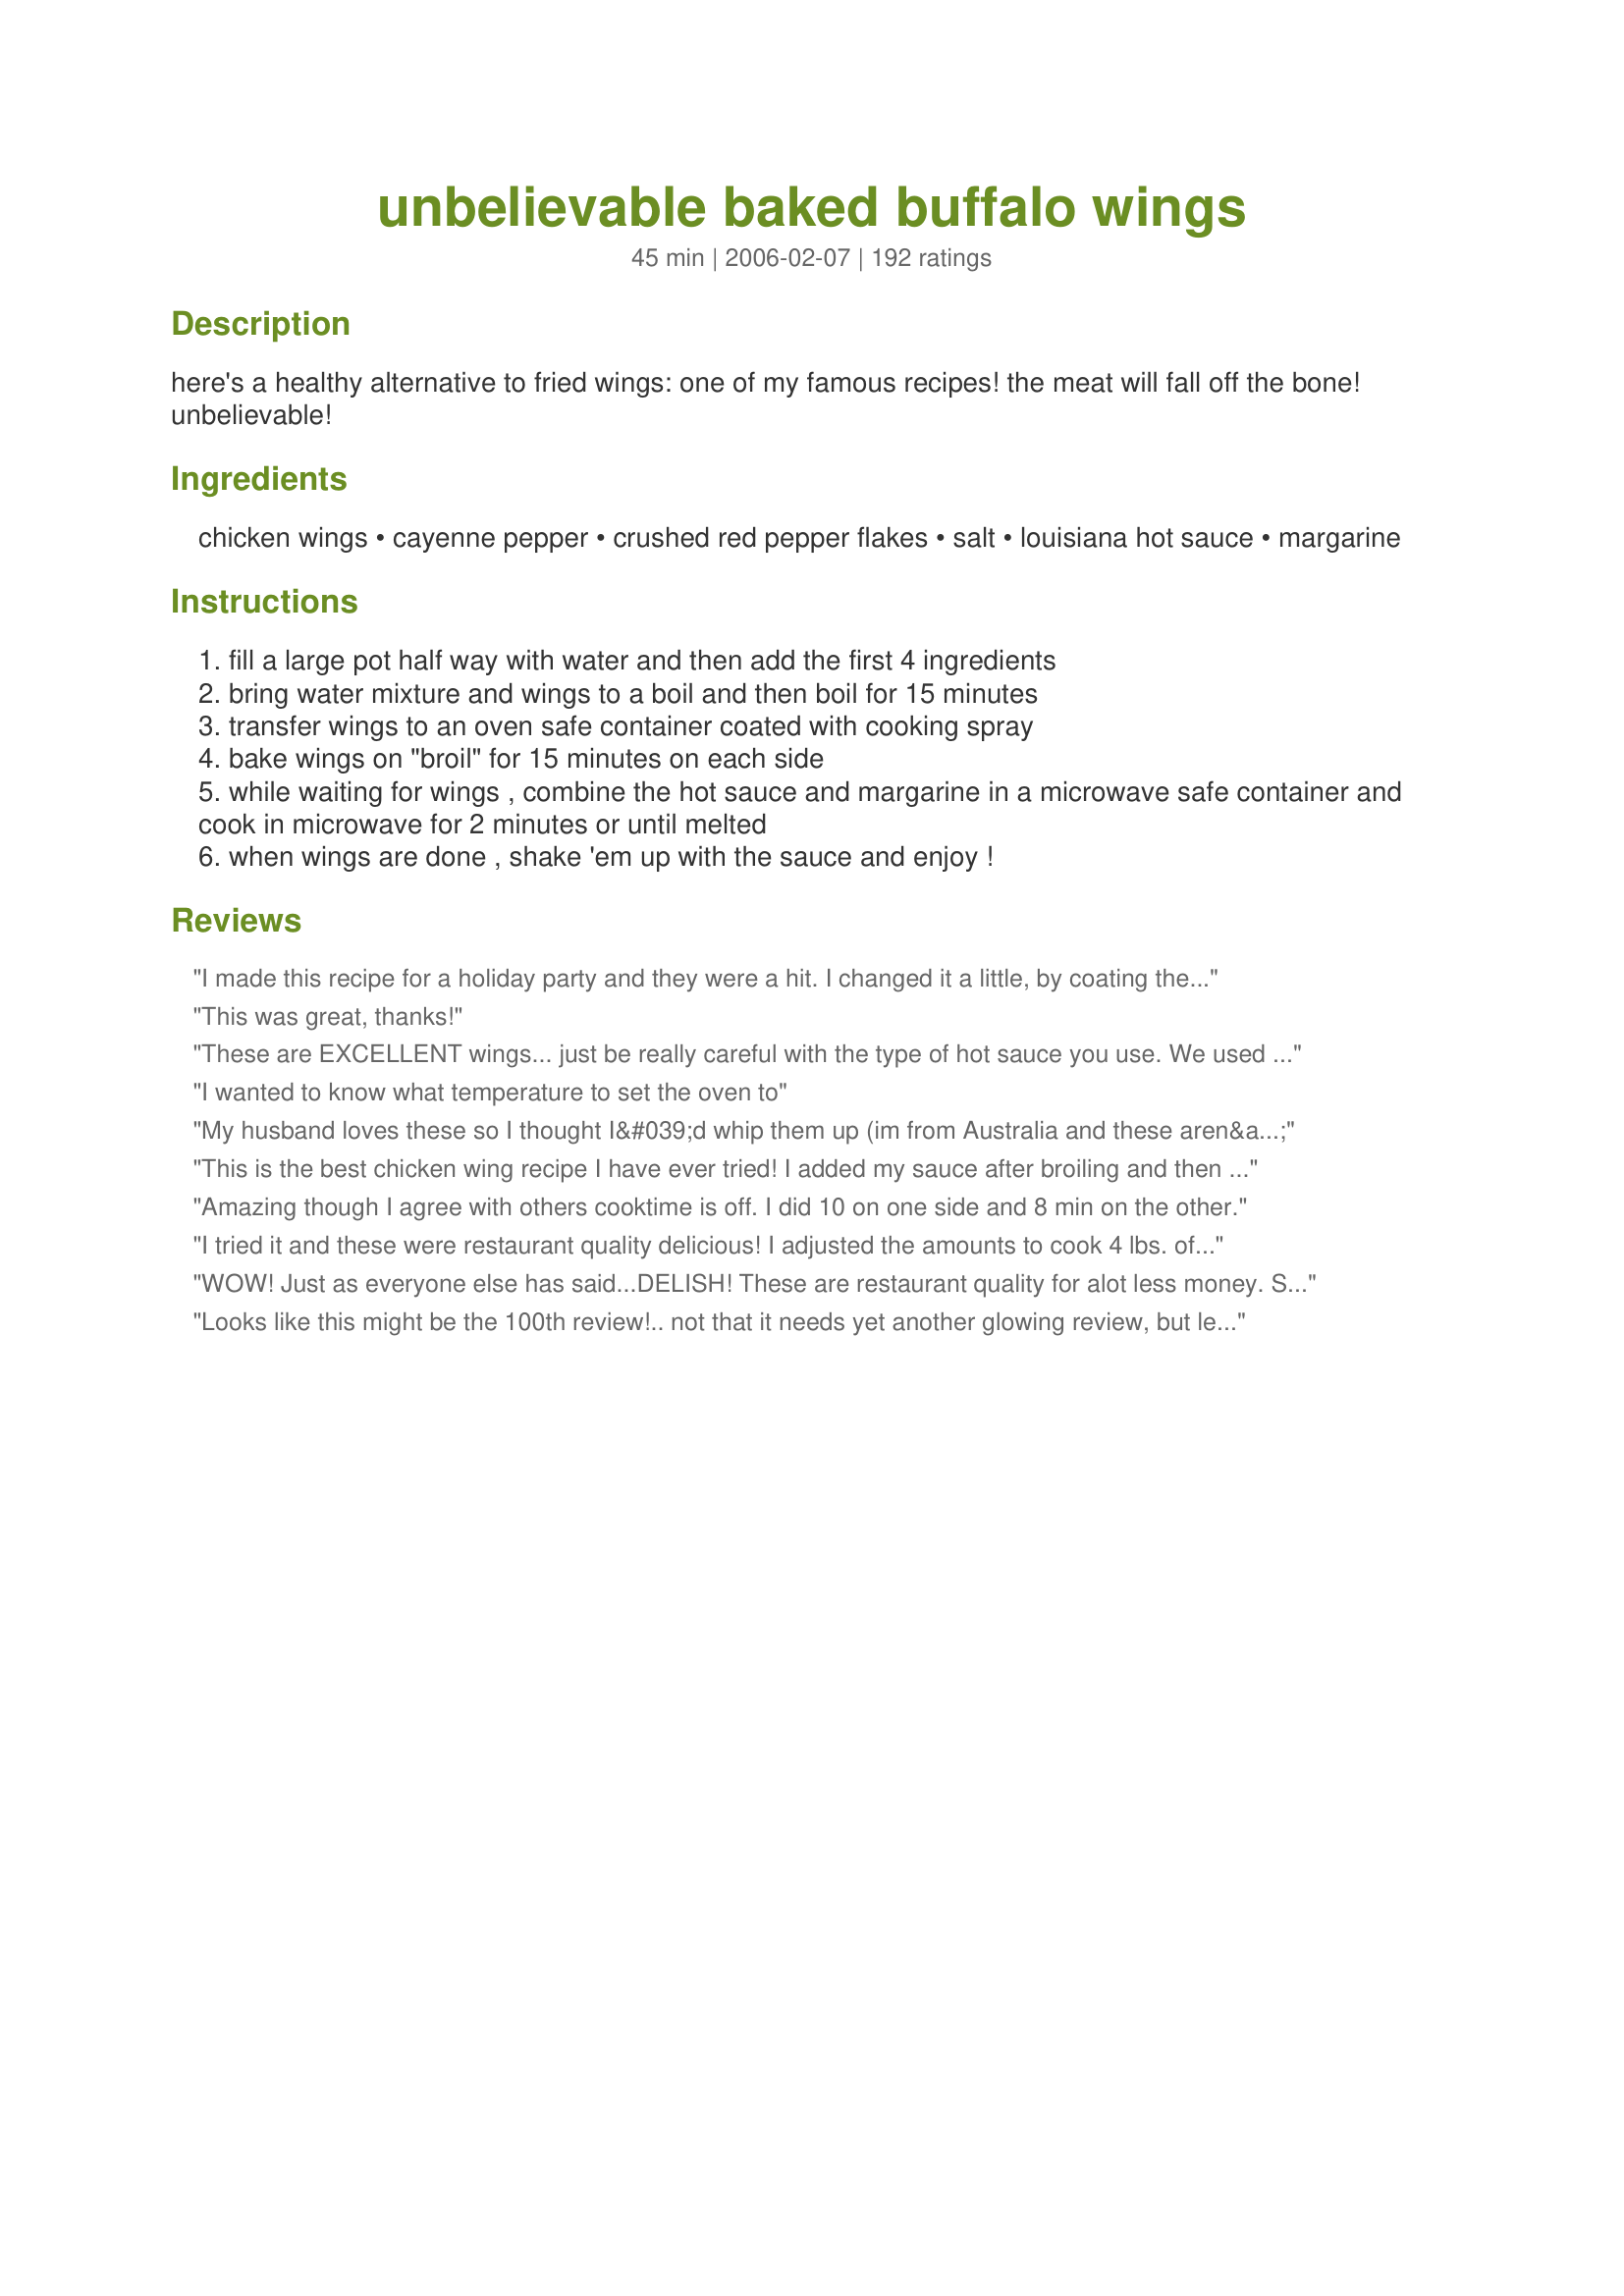
unbelievable baked buffalo wings
Preparation time: 45 minutes

here's a healthy alternative to fried wings: one of my famous recipes! the meat will fall off the bone! unbelievable!

Ingredients:
chicken wings, cayenne pepper, crushed red pepper flakes, salt, louisiana hot sauce, margarine

Steps:
fill a large pot half way with water and then add the first 4 ingredients
bring water mixture and wings to a boil and then boil for 15 minutes
transfer wings to an oven safe container coated with cooking spray
bake wings on "broil" for 15 minutes on each side
while waiting for wings , combine the hot sauce and margarine in a microwave safe container and cook in microwave for 2 minutes or until melted
when wings are done , shake 'em up with the sauce and enjoy !

Reviews:
I made this recipe for a holiday party and they were a hit. I changed it a little, by coating the wings in the sauce before they went into the oven. Also, I used Frank's Hot Sauce, diluted by about 25% with tomato sauce, because I prefer less spice. After they came out of the oven, I coated them again. My son is using this recipe for his Super Bowl party.
This was great, thanks!
These are EXCELLENT wings... just be really careful with the type of hot sauce you use. We used a Habanero sauce and it was quite hot hot hot!! BUT, we like hot here (my hubby and I, the kids not so much). And, we had guests over who were not fans of the heat as well, but I am still rating it a 5* based on our reaction to it. YUMMY!
I wanted to know what temperature to set the oven to
My husband loves these so I thought I&#039;d whip them up (im from Australia and these aren&#039;t common here so thought it would be a nice treat). Followed the recipe exactly and it was super easy... Ill comment on behalf of my husband (as I don&#039;t really like them as they&#039;re too hot for me).. And he loved them! Said it was exactly how we had them when in the US. They were nice and crispy and burnt my eyeballs they were that spicy (i used franks hot sauce).
This is the best chicken wing recipe I have ever tried! I added my sauce after broiling and then broiled for a few minutes longer so the sauce would bake onto the wings. My whole family loved them (even an anti-chicken wing sister!) Thanks for the recipe!
Amazing though I agree with others cooktime is off. I did 10 on one side and 8 min on the other.
I tried it and these were restaurant quality delicious! I adjusted the amounts to cook 4 lbs. of wings. I broiled it according to the directions and they were great. Next time I will decrease the salt. Other than that, they were excellent. We'll never order wings out again. Thanks for posting.
WOW! Just as everyone else has said...DELISH! These are restaurant quality for alot less money. Since printing this recipe in Feb, I've made them HOT as recipe states. Then I've done them terriyaki with sauce & butter only. BBQ sauce with butter only. I've done them plain.Anyway you choose,they are good. Thanks for sharing. P.S. My husband even likes making them too.
Looks like this might be the 100th review!.. not that it needs yet another glowing review, but lets add one anyway because these wings are amazing! Fun to make and fun to eat; I broiled them in the toaster oven so I didn't even need to use the large oven. For the sauce, I mixed together hot sauce, chili garlic sauce to make it even more spicy, and a smokey bbq sauce just for a bit of depth. I tossed the wings in the sauce and broiled them for another 10-15 minutes, and they were perfect. The wings were so good, crisp on the outside and super tender inside. Definitely will be making my wings like this again! Thanks!
These are SOOOO good! I have been using this recipe for quite some time now. I usually only make wings for Super Bowl and the Michigan v. Ohio State game (Go Blue!). Question: does anyone else get irritated by the boiling water with all that cayenne in it?? My eyes water and I start coughing!!! but that won&#039;t stop me from making these - I just have to remember to cover it next time. Thanks for a such a great recipe. I hate deep frying - for obvious reasons (health) but especially because it stinks up the house!
Easy to make, came out delicious and crispy. My broiler runs a bit hot so they took a bit less time. Not something you want to walk away from for too long, it would be easy to burn them under the broiler. I will definitely be using this recipe again!!!
My go-to recipe now. Only problem is that there is no way the broiling time is correct. I used fairly meaty fresh drumettes, and they were pretty overcooked at 15 min first side, 12 the second side. Middle rack of the oven.<br/>But...skin was certainly crispy and very good! I took them out of the oven after broiling, doused each wing with some sauce and put them back under the broiler for another minute. Poured the rest of the sauce over and served. <br/>Thanks!
This was great! Totally will be making again, even my picky boyfriend couldn't get enough...that's pretty much a done deal for me. Thanks!
I made 5 lbs worth for a husband who doesn't even care for chicken and not overly excited about spicy. Well... these sure were gone fast!! I used Frank's Red Hot because I'm familiar with it and for some reason Louisiana Hot Sauce intimidated me as too hot. Next time I'm going to try it though!! Followed everything else. I &quot;baked&quot; on broil for about 12 minutes a side but could've went the 15 I think and got a crispier texture . Used lowest rack and worked perfectly!
Tried these last night and they were so good and very tender. I would have to say these were the best chicken wings I have ever made.
I did not cook with the red pepper and cayenne pepper and glad I didn't. I also cooked under the broiler 10 minutes per side and should have been no more than 15 minutes total. Next time I'll check the doneness when I remove from the water, then decide how long to cook under the broiler. If the broiler is only for crispness, I'll definitely adjust for that. Also my oven is only 6 weeks old and I have not cooked under the broiler. I always love the taste of hot sauce and butter- Texas Pete here in Piedmont North Carolina.
These came out AMAZING!!! I used real butter and Franks Red Hot. The only thing to be mindful of is the broil time - if I had let is broil for 15 minutes (per recipe) the wings would have been burned. I did about 7-10 minutes per side, but checked every couple minutes. Otherwise, this recipe is GREAT!! I am making again this weekend and doubling it!
Amazing recipe! Never would have thought of boiling them first. Turned out deliciously crispy and delectable. Better than a restaurant. I quadrupled the recipe for 4lbs of wings, and they were really spicy! 2 cups of Lousiana hot sauce was way too much. Next time I will use half that.
Great wings!!I love KFC'hot wings but live 200KM from one,but these remind me of them.So thanks for recipe,will be making all the time.
First of all, never eat margarine. Second, I would add garlic and onion powder (maybe 1/2 a tsp each), third, bake at 350 to 375 15 to 20 minutes each side, or broil 3-5 minutes each side, before tossing in hot sauce and BUTTER, and throw them back under the broiler for a minute or two more.
Absolutley awesome! My family loved these and my daughter said they were as good as the (fried) ones we get out. Definitley a new fave in our family.
We&#039;ve made these three times and today &quot;Super Bowl Sunday&quot; we will make our fourth batch! Excellent!
OMG, I made these for dinner Friday night and they were AMAZING! Boiling them first takes a lot of the fat from the skin and makes them crisp up so well in the broiler. SOOOOO good. The girls loved them too (so, kid friendly)!
These were so good! I don't like my wings too hot so I did 1/2 cup of hot sauce with 1/2 cup of melted butter for 4lbs of wings. Perfection! Crispy and tasty! This one is a keeper.
These are the BEST wings I've had, hands down! Awesome recipe.
I was skeptical about the boiling, but the reviews are all very good, so I went for it.I am SO glad I did. These are the best you can get at home without frying. I used my own sauce, but this method produces a flavorful,crispy wing without overcooking the meat. Divine!
Oh my gosh these were great! I used full sized wings and the only change I made was to toss the wings in the sauce before I baked them. They had just the right amount of spice (I would call them mild) and even my 3-1/2 year old twin grandaughters loved them. Delicious!
These rocked, just started eating wings a year ago now every where I go. I try there wings, and not happy so I made these...no need to go out for wings I loved them. I did use franks red hot wing sauce, instead it was a hit..thanks for the great recipe
great! boiled without the cayenne but still added salt. Very crispy. cheaper than buying oil to deep fry and better than having a bunch of dirty oil after. EASY!
this was sooooooo delicious!!! and so easy to make. my husband LOVED it and said these were the best buffalo wings he ever had! and we tried them in many many restaurants.
I like it! Never tried boiling first. When I make wings I stopped using the butter/margarine in my sauce. I use straight Louisiana sauce, to further reduce the fat. You really don't need that butter. Now I can enjoy the blue cheese more that way, without worrying about the calories from the butter. If you have to use butter use WhoDat's recipe, it has enough butter to give the taste. <br/><br/>Dang it, I gotta go to the store to get some wings, and have these for dinner now..:-)
Amazing, genius, unbelievable! I could go on and on! As far as I'm concerned, there is nothing worse than soggy wings. These were perfect- juicy meat on the inside and crispy skin on the outside. I used wingettes and Frank's hot sauce. Broiled them on the middle rack of the oven for 15 minutes on the first side and 12 minutes on the other side. Came out fantastic! Thanks for a great recipe. I will definitely be making these again.
5 stars!!! Delicious and so easy to make. Thanks for posting!
I have not tried this but it is similar to my recipe!!!! Sometimes I grill it after parboiling!!! I also add the powdered italian seasoning packets to the hot sauce and margarine mix....yummers, I promise you!!!!
These wings were as good as any fried wings that I&#039;ve ever had. I used drumettes and wingettes. I boiled them with the seasonings for 15 minutes. Then I put the oven rack in the bottom position and turned the broiler on High. I put wings on greased cooling racks that were sitting on a cookie sheet. 15 minutes on one side, then flipped them for another 15 minutes. I melted two tablespoons of butter with one 6 oz. jar of Louisiana hot sauce. I tossed the wings with this and put them back in the oven for a couple more minutes. I will definitely be making these again since it&#039;s almost football season.
These were DElicious! Thank you! I used Frank's Red Hot Sauce with the butter for the final sauce, but did everything else the same. My husband loved them and we will be making these again!!
This was a spectacular recipe. Top notch wings. Make these for your hubby...he&#039;ll thank you later;)
I'd have to agree with everyone else that these were delicious! I used Frank's Red Hot sauce because in my opinion thats the only way to go, and butter, not margarine. Perfect amount of spicyness. Next time I'll definitely broil for the full 15 min. per side.
Thanks!
We loved the way these turned out! I used Frank's and Real Butter. Also, broiled in center for 12 minutes each side. I tried half basting because of a review I read. We decided the unbasted ones were crispier and better, but it's always good to try something different to see what you prefer.
These came out AWESOME!! My friend wanted to fry them because we like them crispy, but I didn't want to deal with cleanup or have that &quot;fried&quot; smell lingering around the house. These came out so perfectly crispy and full of flavor-- this will be the only way I cook wings from now on! ONLY thing I would change is to leave the wings in for 10 minutes and check on them (turn them over too), had I left them for 20 minutes under the broiler, they would have definitely burned.
Very Good. We enjoyed with dinner tonight. Didn't change a thing. Made for the Best of 2009 Cookbook Swap.
We LOVE these wings! They are quick, easy and delicious! Our 22 year old son said that these were the best wings he's ever had. Friday night is pizza and wings night at our house and these are on the menu for tonight. I'm also going to try this cooking method for making bbq wings. Thanks for sharing a keeper!
These were great! Thank you for sharing your recipe. I followed your recipe exactly.
Because I am not a wing eater, I will give you my DH's take on this recipe. He proclaimed this 5 stars all the way. While he felt that the wings could have a little more kick in the spice department, it was certainly not a deal breaker (or a review star taker). In his words, "They are juicy and awesome and a definite DO AGAIN!"*** (**Must add that DH reviewed these after having warmed them up in the microwave the day after I baked them. He never tried them fresh out of the oven--so I imagine that these are even more fantastic freshly prepared.)<br/><br/>Now, as a wing maker, I can tell you that this could not be easier to make and I found that the wings crisped up very nicely under the broiler. The sauce was easy peasy to make as well. After it cooled down slightly from the microwave, I simply dumped the sauce and wings into a ziploc and shook to coat. Thanks for a great go-to wing recipe.
Made this last weekend for the game and they came out super yummy with lots of spice (the kind that makes your lips burn!) Super easy and much healthier than fried. Will defiantly make again!
Awesome! I'm so excited to be able to enjoy crispy, tasty wings without the frying! If I hadn't made them myself I never would have suspected they weren't fried!
My husband said these are the BEST he's ever eaten. I've made them 3 times in the last couple weeks. I broil them 10 minutes a side on the 2nd oven rack and hubby says they are perfect and to never change a thing!!!!!! I don't like wings, but I LOVE that these are so easy and delicious too!
This recipe contained a deadly error that cost me a pound of perfectly good chicken wings. You can&#039;t put anything under your broiler for 15 minutes (20 if you want them extra crispy!). I suspected that wouldn&#039;t work well, so I checked them after 10 minutes, but they were already blackened embers.

I take some responsibility because I knew that it didn&#039;t sound right and tried it anyway. But really I think the recipe&#039;s author and editor should have known better.

I&#039;m giving this one star, because I&#039;m mad about it right now, having thrown those wings away a moment ago. But I will try this same recipe again in a 450-degree oven, which should create the desired effect.
Loved the recipe. Came out alittle dry though. Next time I think I will do what another reviewer said, and bake my wings on 425 or maybe 500. Didn't have any red pepper flakes so omitted, and I used alittle less than a tbsp of cayenne pepper. I also seasoned with garlic powder and a cajun spice after boiling. I think next time I will leave cayenne pepper out. Posted picture also.
I just finished cleaning p from making these. My BF and I hated the ready made frozen "anytizer" wings because they were mooshy. We used tequila lime ones instead. He called and said the store was out of them, but fresh wings are on sale. He got them and I came on this site and made the plunge... Wow! Focusing on technique, I now feel I can walk into any kitchen in the world and make hot wings that are crispy and beautiful! I didn't have a full 1/2 cup of hot sauce, so I used the scant 1/8 to 1/4 cup I did have, added a big squeeze of sriracha sauce and a little extra butter. Thanks so much for posting this recipe/technique. These were over the top!
These are awesome. They were a huge it even with my picky eaters! I will be making these again!
Outstanding! Better than fried. I broiled them on cookie racks to cut down on the grease
These were excellent! I made 2 batches. One of the reviews suggested that you brush with oil. This batch did not come out crispy. My second batch came out excellent, but I put the wings on a rack coated with cooking spray so they did not soak up any drippings. Very crispy and very delicious! NOTE: You can boil up a large batch of wings, cook some and freeze the rest. Thaw and just broil!
5 star ranking is TOTALLY DESERVED! Husband called it a home run. Crispy, flavorful, a little spicy...do not be afraid of the cayenne and red pepper flakes, they just add a little spice. I did as Alton Brown does and let them sit in the fridge for 90 minutes on a paper towel lined baking sheet to dry out after boiling. Then broiled them, then tossed them in sauce. Next time I'll do this but cut the broiling time in half on each side and toss them in sauce and then throw them on the grill with the corn (they go great with corn on the cob). DELICIOUS! Thanks WhoDat...shoulda known with a name like 'WhoDat" (as in, Who Dat say they gonna beat dem Saints) that you'd come up with a delicious traditional spicy wings recipe....THANKS!!
Agree with the other reviews as this is a TERIFFIC recipe. the meat falls off the bones. Mine were not as crispy as one would like but I think if you pat dry the wings after boiling them, they will get crispy enough in the oven. Also, the a half cup of hot sauce and teaspoon of butter makes enough wing sauce for 2-3 lbs of wings.
Wow! I was looking for an alternative to fried buffalo wings and never liked ordinary baked wings. This was incredible! They were crispy out of the oven and held their crispiness clear past half time. Thank you so much for this method of cooking wings! I am sure we will be making them over and over again.
These are the best! I made these as directed except I did half as directed and 1/2 Using buffalo wing sauce instead of the butter and hot sauce! Both were soooooooo good! They have just the right amount of heat! Thanks for posting will make over and over!
These were amazing. We actually skipped the water part. We just rinsed the wings, patted dry, salt and peppered them and roasted them, they got really crispy and tossed them in the sauce. Baked comes out Perfecto! Thanks WhoDat.
These were great, they had the perfect texture! I loved how much fat came off when I boiled them also!
Wow! These are a GREAT alternative to fried wings!! I couldn't tell the difference, and they were as good as my favorite wing place's wings. Trust me, these will please any wing connoiseur, especially when you remind them that regular fried wings constitute heart disease in food form. I made one minor change: I put half the cayenne and half the red pepper and they still were pretty hot. If you like a more mild wing, I would put maybe 1/4 tablespoon cayenne and leave out the red pepper flakes completely.
I can't believe I haven't rated these yet! I've been making my hot wings this way for over 2 years now solely because of this recipe! It is great. I follow as written up through the broiling, however, I don't use this sauce but utilize a spicey honey mustard sauce by chef SoSueMe. This form of cooking I think actually makes a better wing than the deep fried ones. We found that broiling 13 minutes per side, then tossing with sauce, and popping back in oven for 5 minutes or so bakes the sauce on -- a less "wet" wing. Also, never set my broiler about 425 - just personal preference. If you try it, you will not be disappointed.
First of all, I don't do much cooking. I had to step up for my wife tonight so I thought I would try making some buffalo wings. I found this recipe, and they were fantastic!!!!<br/>The recipe was easy to follow, (although I had to double ingredients to cover about 3 lbs of chicken), but they turned out better than I have had in any restarurant. I couldn't believe how good they tasted and how easy they were. I loved the fact that they were'nt fried, too!<br/><br/>Thaks again for a great recipe that I will be showing off to friends in the near future!!!
Nice and crispy! DH wanted to know if they were fried, he couldn't tell that they were broiled. I used Frank's hot sauce because I had it on hand. BTW... this was my first time to make hot wings and I will be using this recipe again!
Really perfect seasoning. Love these ~ and will make often. Everything great, and cooked for length of time. These a great favorite now...and very juicy and good to the bone. Thnx you!
These were good... not great. Maybe I used the wrong wings. I didn't cut up fresh wings from the supermarket. I used the IQF (Individually quick frozen) Tyson wings from Sam's Club. They weren't cooked wings.. they were raw. I defrosted them first and then made this recipe with them. They were a lot of work for the end result. A big pot to wash... a broil pan to wash... bowl and tongs... sink to wash out after draining the boiled wings and spices. I'm just not as thrilled with this recipe as much as others are.
Hi I live in New Zealand and I would like to know why it is that their are so many recipes it American cooking sites that have BUFFALO this or that. Like this one Buffalo wings. Come on really call them for what they are and that&#039;s CHICKEN WINGS. Cheers and you all have good day
Best Wings ever! I love love these wings. I hate eating wings out now..I have to cook my own.And atleast once a week..Thank you.
Made my second batch of these last night and they were for the first MNF games of the season and they were great! I added some Hot Mexican Chili Powder during the boiling step as well and used Slyvia's Hot Sauce and was delighted with the result. Thanks for sharing the recipe.
Holy crap!!! These were the best non-fried wings I have ever had!! I didn't expect much out of them, as grease usually makes wings so good, but seriously, you can barely tell that these aren't fried. So moist, but still crispy on the outside, i found I had to cook them a bit on the longer side.
I have always fried my wings, so I was a bit skeptical to bake them. OMG! Not like this recipe needs ANYMORE awesome reviews, but this recipe really kicks any other recipes in the butt!!! I did do a little change to the recipe. After boiling the wings, I coated them with some flour so the skin could be a little crispier and the sauce would coat evenly. Trust me, my fiance and I love wings and we always try to find the best wing place here in Houston. Well, we don't have to go out anymore cause we can make them at home!!! This whole recipe cost us about less than $12. Compare to chain restaurants (where you pay $12/person) this recipe is the way to go!!! Thanks so much for showing me the light!!! :)
Flavorful without the fat of oil! A keeper.
Made these for a Super Bowl party and they were amazing! I love how crispy they came out. I broiled them for 14 mins one side and 8 minutes on the other; put broiler on high, but left the oven rack in the lower baking position and they didn't burn. Will make again!!
Awesome! First time cooking wings at home and this was Perfect!! Hubby was nervous not using the grill, but WOW! We like crispy wings so we added time, went to 18min a side, which was too much. Had to stop at 15 on the second rotation so wings wouldn't burn. Also, we coated in cajun seasoning and then wing sauce before we broiled, which gave us a great crust. We will use this recipe over and over again
I am a wing nut! I really liked the healthier alternative these offered because I DID feel guilty when I was done eating the fried version I usually make. I make Ellie Krieger's (Food Network) low fast bleu cheese with these to cut even more fat and calories....it's perfect!!
to in reply to Grampy1939&#039;s review, it very clearly says BAKE at the BROIL setting. it doesnt say anything about actually broiling these... my fiancee and i make these all the time and love them. some things i do different is using a higher ratio of BUTTER(not margerine!, yuck!) we use a full stick(1/4 cup) to a cup and a half of franks hotsauce(we make 3 lbs at a time, increasing all ingredients by three) we also bake the wing directly on the rack with a drip pan underneath to get a crispier wing, tossing them two thirds of the way through and finishing baking to &quot;glaze&quot; the sauce a bit
Best buffalo wings ever! Followed as directed! So yummy!
I used full-sized drumsticks with this recipe and it turned out great! Everybody loved them and I felt better using skinless drumsticks that were baked in the oven.
These are absolutely wonderful...I don't use as much salt and increased the red pepper flakes in the abscence of they cayenne pepper. They still taste wonderful and are way better (and easier to make) than frying!
Truly delicious wings! I made these for a couple family gatherings over the holidays this year, served with homemade blue cheese dressing and celery, and they were devoured. I changed up the hot sauce recipe just because I used what I had on hand, (sriracha hot sauce, a little catsup, tiger sauce and a little butter) but the basic technique is great, and you can coat them in whatever makes you happy! I will definitely be doing a teriyaki version at some point. <br/><br/>Also, I am not usually one to think that boiling chicken is a great idea unless you're making stock, but in this case it gives you such a great result that I would make it the exception to the rule! I made 4X the wings because they came in 4# bags, but more or less just doubled the sauce, and it was plenty.
2/2/13 Crazy good and so easy. I used Frank's Red Hot Original hot sauce. Thanks for posting WhoDat. Made for Best of 2012. UPDATE: 2/19/13 Made a 2nd time and decided that we will make using drumettes next time. Still loving this! I boiled the ahead of time and stuck them back in the fridge until dinner time. Snipped the wing tips off so they would not burn under the broiler. Brushed the Frank's hot sauce on each win rather than dipping. Got a photo this time too :D Made for Best of 2012 Tag game!
This was absolutely delicious. I made these for my wife and I and we loved them. I skipped the cayenne, red pepper, and salt and just boiled the wings for 15 minutes, broiled each side (on the middle rack!) for 18 minutes each, and they were nice and crispy.&lt;br/&gt;&lt;br/&gt;Franks red hot makes a perfect sauce for these wings.
I made these for my husband's 40th Bday party with out trying them before hand so I am very thankful they were fantastic. Most of the people there thought they were store bought. My hubby said they were surprised when they found out they were homemade. Because I had so much to do the day of his party I broiled them the night before and then added the sauce in the morning and then threw them in the evening to heat them up. Great recipe. It's also the first time I had broiled chicken wings ( I usually bake them). Definately a keeper.
Tonight I made buffalo wings for the first time. I used a party wing package from the store and followed the directions. The chicken was a little overdone at the end, but still absolutely wonderful! Next time I will reduce my broiling time by a few minutes. Otherwise this was everything I could have hoped for. I should note that I used my own sauce from a Buffalo Wing place that I love. It was like I was eating THEIR wings! Totally awesome.
Thank you so much my husband and kids Love them know I can ad them on my Friday night Menu:)
Great wings. Simple, easy, and delish. Thanks for sharing. Made for Cookbook Tag.
Wow! These are amazing, and I love the fact that they're not fried. They're crispy and have great flavor. I followed the recipe and have put them in my crock pot on the "keep warm" setting. We'll make these again!
we loved this recipe but made some adjustments.<br/>Cut the seasonings in half and bake the wings at 425 degrees for 25 minutes.<br/>When I first made the recipe I tried the broiling but my wings seemed over cooked.
Oh my!! Is it sad that we have made these THREE times since New Years Eve? That is seriously how good they are ... we crave them! Since the Superbowl is coming up here shortly, I guess that means we are about to make them a fourth time. Seriously good and very easy to make. Enjoy!!!!
I used Cholula hot sauce and it was delicious!! Great recipe! Thank you ^^
Very good recipe. I used Frank's Buffalo Wings hot sauce and butter instead of margarine. I boiled the chicken, late morning and broiled them right before my guests arrived. I served them with Chunky Blue Cheese Dressing #55514.
5 stars! I achieved my goal! My daughters' boyfriends from Oklahoma love spicy food and anything they've ever tried here they have told me, "nah, that's not hot..." I made these for NY Eve and they said, "yep, they're hot!" Thank you, WhoDat, for helping this Pittsburgh girl deliver some heat! My husband also gave them 5 stars for taste & heat. I will definitely be making these again.
5 stars from my husband, who ate two pounds of these wings during the Superbowl. Made as directed, except I tossed the wings in the sauce after baking on both sides and then returned them to the oven for the last 5 minutes.
Great method! Since I have a new oven and am not used to all its quirks yet, I stood by the whole broiling time to keep an eye on it. I broiled on the lowest shelf, 10 minutes on one side and 5 on the other. It came out nice and crispy. I used Frank's Red Hot for the sauce part, but agree with the others who said this method would work great with any type of sauce you were in the mood for. Thanks for sharing!
These are the best wings I have ever had - thank you for sharing this recipe! I followed the recipe exactly except I used butter instead of margarine, and I doubled the amount of butter used. I used Frank's red hot sauce and it worked perfectly! Best wings ever at 1/3 of the price of delivery. Great!
Awesome and easy. They came out great. I too changed the broiling time to 5 minutes per side. So easy and finger licking good!
Perfect.
These were the best baked wings we have ever had. I only did 10 mins per side with the broiler on high and I should have done 15 per side. The rack was in the middle position. We did not use the sauce from this recipe - just the cooking method. And I will be doing this again very soon. It was very good. I made 30 wings for 2 adults and a 4 year old and it left my husband wanting more.
Really good. Only change is that next time I'll try baking them on 400 and then crisping on broiler setting if needed. I put them in the top 1/3 of the oven on broil for 15 minutes, and they were dried out and a little too crispy. Great idea to boil first. Will make again -- they were yummy!
AWESOME! i made this with mini-wings and forgot to adjust cooking temps, so they were a little dried out. I also accidentally added all six ingredients instead of the first four, and when making this correctly, and incorrectly, both times it was delicious!
These wings are awesome and so easy. Everyone loved them. I did use the tip to add 4 Tablespoons of butter, 1 tsp. of cider and I also added about a Tablespoon of brown sugar to the sauce. I was afraid it was gong to be too spicy. I also brushed them with the sauce and broiled them a little longer on both sides, just to cook the sauce in. We don't like saucy wings, but rather like to dip in sauces. Liked them dipped in blue cheese dressing. They are good even without any sauce. My search is over, this wing recipe is a keeper.
The pre-boil is such an easy step that makes these wings amazing. I grilled ours, and my husband has requested them 3 times already! Thanks for sharing!
its a perfect recipe for wings....thank u so much for sharing :) yum yum yum
Great recipe! I love Buffalo wings but always feel guilty eating them, due to the fat content. I felt much less guilty with these, though I was a bit unsure about boiling (boiling???) them. I went ahead with it, followed the directions exactly and was thrilled with the results. I served them with a killer blue cheese dressing and crisp celery sticks. Wonderful! Thanks WhoDat for this clever recipe.
Lead me not into temptation because we all know that I have no control when it comes finger-lickin' good. Oh, if it's at all possible I think I tweeked these to an even higher level of deliciousness. I made the recipe as stated, but at the time of 'shaking 'em up' in the prepared sauce, I had the realization that it wasn't thick enough and ran off the wings. I quickly returned the wings with sauce back into the oven for a few more minutes resulting in a perfect glazing effect. Made for Alphabet Soup Tag.
These are absolutely the best wings ever! I love the fact that they aren't fried, but they taste like it! I won't need to go to Buffalo Wild Wings anymore to get my "fix". I'm the only one in my family who likes hot wings so I made a small portion for myself for lunch. My wings were not that plump (bought the frozen bag at Dillons), so the broil time was about 10 minutes on each side. I used Frank's red hot sauce (my favorite) and butter instead of margarine. After the broiling time, I poured the sauce of the wings, turning to coat evenly and then broiled for 2 more minutes. This made the sauce stick on the wings better than just coating them without the baking. I have already shared this recipe with other wing lovers and it has been a huge hit! Thanks for sharing this fabulous recipe.
These were so good (advise you have a finger bowl and lots of napkins handy). Has we don't get Louisiana hot sauce here I made up a hot sauce of 3/4 cup of tomato sauce/ketchup, a dash of hot ground chilli and a good dash of tobasco sauce and I also coated the wings in the sauce and cooked in the oven at 175C for 30 minutes. I think it was a stroke of genius to simmer the wings in water with cayenne pepper, crushed red pepper flakes and salt. Thanks for a fantastic recipe WhoDat and to breezermom for the recommendation, made for I Recommend tag game.
I told my husband that these were called "unbelievable" buffalo wings, and he replied "OH, I'm a believer!" I have made several types of wings, and these may be my favorite! Love how crispy they were and so easy to eat right off the bone.
nice ez recipe kick it up a couple hotches by soaking wings in a brine of 2 to 4 quarts water 1/4 to 1/2 cup salt @ 1/4 cup sugar 4 2 or more hours rinse well and follow recipe but add no salt and broil 4 only 10 minutes per side then toss in sauce and broil 4 5 2 10 more minutes oh so tender juicy and crispy
These were incredible! We've been avoiding wings while adopting healthier eating habits, but no more! I removed most of the skin from our wings and they were still great. Next time I might try coating them in flour before adding the sauce just so there's a thicker layer of "buffalo" on each wing. I also found that they were done in about 11 minutes per side. Thanks, WhoDat, for a great recipe!
I made this for a party today and they were just fabulous! In fact, I'm making them again this evening for my family. I followed the directions exactly and they had just the right amount of spice! Amazingly crispy! Thanks for the great recipe!
These were great. You don't even notice that they are not fried. Very easy to make.
It was my first time making chicken wings and it won't be the last one. This is a great recipe. I like that it's not fried. Unfortunately, when I made them, I didn't know I had just a little bit of louisiana hot sauce left in the bottle. But it was still spicy. I omitted the salt. Thanks WhoDat :) Made for Best of 2011 tag game
Very similar to Alton Brown's wing recipe, except he steams the wings first instead of boiling. It's my 'go to' recipe for gatherings!
These were very good. My broiler runs hot, so 10 minutes a side with the wings on the lower rack worked perfectly for me. I made my own sauce, brushed the wings, and broiled for another 2 minutes, The wings were crispy, with no rubbery skin or fat. Great process, I can see me using it with a bunch of different sauces...
I'm completely stunned. These were REALLY terrific. No need to ever eat a fried buffalo wing ever again. AND, these wings are great totally unsauced or you can substitute any kind of sauce or glaze-- teriyaki, sweet and sour, honey bbq. Agreed that they need less than 15 under the broiler. If you're going unsauced you may want to season a touch before they hit the broiler.
These were easy to make and tasted great. I baked them 20 minutes for a crispier result.
Great and easy recipe for wings. Family really loves them. Much healthier than eating out.
Extremely flavorful and super easy to make...be careful if you have little ones, the cayenne is really absorbed into the chicken so you might want to add a little less.
I will definitely be making this one again.
Wonderful! Not greasy at all, crunchy and perfect flavor. I made these just as written. Thanks for sharing.
BEST. WINGS. EVER! I used Moore's Buffalo Wing Sauce with Earth Balance butter substitute (milk allergy). I basted the wings before broiling (from the center rack) and broiled on high (on center rack) for 12 minutes, basted cooked side before turning over and basting uncooked side then broiled 10 minutes, basted that same side and broiled an additional 2 minutes. OMGEEEE! Best wing recipe EVER! Not gonna need my fry baby ever again!
Unbelievable! Made this for my family last night. Couldn't believe how authentic they tasted and no messy oil to clean up later. I used drummettes and they were spicy,crunchy, falling off the bone good! I'll be making these over and over again. Thanks for a GREAT reciepe!
These are the best baked wings! My family voted 5 plus plus plus.
This is a very simple wing recipe that has great results. My husband loves this, because he thinks boiling the wings first really adds a lot of flavor. We also really like baking wings instead of frying them. Thanks for sharing!
These are very easy and simple to make. It almost takes the guilt out of eating wings! Great for football viewing, too! Thanks for sharing.
I loved the method for cooking these wings! The claims are true, meat fell off the bone and skin was super crispy!<br/><br/>I kept all the ingredients the same for the boiling of the wings but when I made the sauce I went with the copy cat hooters sauce recipe. I learned a valuable lesson about how hot my broiler is and next time will cut the broiling time. That's what I get for putting things in my oven and then leaving the first floor, rookie mistake.
I'm a vegetarian, but I made these for my BF, and he really liked them. I was really looking for a recipe where I wouldn't have to deal with all that extra oil and frying. This is a perfect recipe! I used chili garlic sauce instead of crushed red pepper, and I only broiled them for 10 min. on each side. DBF said they are better than restaurant buffalo wings. They were so easy, that we will probably just use this recipe instead of ordering them from now on!
WOW! These were really good! Crispy and spicy, without frying. I will be making these often. Thanks for sharing.
I made these yesterday and they were really good!!!! I put me oven rack at the very bottom to broil the wings. It took maybe 10 minutes on each side.
Best baked wing recipe EVER. In fact, we may like these better than deep fried!
Superb .. we relished the wings..the best part was the simplicity of the recipe and the fact that they weren't deep fried. They certainly tasted deep fried though. I will broil for less time when I next make these. Will also try coating other sauces although I doubt it would turn out half as good.. the hot sauce, butter and cider vinegar (as one of the reviewers suggested) was spot on!. I wonder if they would be good with tenders. I am sure those would not require the boil/broil method and would probably require a bit of breading... Whodat thanks for this excellent recipe. No idea why I am unable to give you the 5 stars I want to. I've tried everything -- FIVE STARS .. there!
Unbelievable Baked Buffalo Wings is RIGHT! These are...amazing! Super crispy! I now pressure cook my wings for 9 minutes with all the same boiling spices and use 1/2 cup of water. THEN broil in oven after natural release from pressure cooker. Can't believe I can snarf on crispy buffalo wings in less than 45 minutes...WINNER!
I do have to say "unbelievable" is perfect in the title for this recipe! I have made baked wings for years, recipe after recipe, until I finally gave up and decided frying was the only way to get a perfect buffalo wing. When I first saw this recipe, I noticed the method right away was different than all the others. Boiling them in water, then broiling them in the oven sounded unusual, but I thought what the heck lets try! I could not believe the end result! They came out plump and crispy on the outside. Everytime I would make baked wings, they always seemed to shribble up and never would crisp up very well on the outside. I tried several different methods and recipes and it always was the same. Not this recipe! I was so surprised that a baked wing recipe could compare so close to the fried ones. Absolutely the best, and I will always use this recipe from now on when I want to bake them. I am a wing fanatic, so when I say this recipe is great, I mean it! Cant wait to try this method with different sauces. Thanks for the great recipe and giving me my hope back on baked wings!
I don't make buffalo wings often, but these were the best I've tried. I used half Frank's & half Louisiana sauce and used about 2.5 lbs. chicken wings and had plenty of sauce for that amount. I baked 15 min. on each side but I think next time I'll cut the time back just a little bit more. These are very good and I plan on using the technique in the future with different sauces. It's always nice to find ways to cut back on fat & calories.
THE best wings I've ever made!!! Keeper recipe. Soooo much better than deep frying!
I didn't care for these at all. I tried a couple before adding any sauce & they were tough & tasteless. Doubt if I'll make 'em this way again.
My husband is a wing man and he LOVES this recipe. His suggestion, make them hotter so he doesn't eat as many!! There is no way we could have broiled them on high for the suggested time. So we boiled them for the suggested time and then broiled them on high only for about three to four minutes on each side. A great easy recipe that is sure to please any wing lover!
It's easy to make. They're crunchy and super delicious. Thanks so much for sharing.
BEST WINGS EVER! Thanks so much for sharing!
OMG ! This is banging good ! Very easy to make. You can use any part of the chicken, I often use the tenders.Also add on top of a salad. Everyone should have a copy of this fantastic recipe! Thank you for sharing WhoDat ! :)
I don't think you can tell the difference between baked and fried with this cooking method. I broiled on high for 15 minutes a side and wings came out nice and crispy the way I always order in restaurants. I sprayed the broiler pan and added a little olive oil & then used a premade buffalo sauce after they were cooked. Not healthy, but I felt a little better about eating wings.
I wrote a very enthusiastic review and it was lost. Here is my second, less ecstatic review. Very simply, these wings are THE BEST I have ever had. I've only been around for 19 years but being born and raised in New Orleans [WHODAT!, WhoDat, haha] I started out with all spicy foods early. These wings are better than fried. My sister who is borderline vegetarian (poor soul) actually liked these. I served them with some homemade, no mayo ranch. All together, the wings, franks hot hot wing sauce, ranch.. all cost me around ten bucks (considering the amounts I used, etc..) which is great for a college student! I love wings, it used to be an expensive addiction and now I can enjoy it, at home! Thanks, WhoDat...great recipe.
I have tried this recipe a dozen times, sometimes breading the wings, sometimes not, but the core recipe remains the same, strong. This is by far the best recipe for wings that I have ever tried. Try it, I guarantee you will not be disappointed!
I made these last for the "Big Game" and my hubby, who isn't one to rave, said they were the best he ever had. He's Louisiana Hot Sauce lover so these were perfect for him!
Great recipe. Family loved them. Tasted pretty much like the fried versions at Plucker's. Broiled on middle rack for 20 min one side, 15 the other. Would've been fine to do 15 each. Made 3 versions - Frank's hot sauce, BBQ, Terriyaki. Heated up 3/4 c. of each sauce in separate bowls, tossed in wings, stirred to coat and served. Served with cole slaw. Awesome.
I am really not sure how to review this recipe. I didn&#039;t think that boiling was a good idea. After making these, I still don&#039;t think boiling is a good idea. I used frenched chicken drumsticks (&quot;lollipops&quot;) instead of wings. The boiling step brought out what my husband called a &quot;smell&quot; that prevented him from eating. I think it brought the marrow out of the bones or something. I am not sure if this is specific to the cut of meat, so I am not assigning stars. It would be about a 2 otherwise. I used half of the spice listed and Recipe #287041 instead of the sauce. I also think the oven time after boiling was a bit excessive. I did broil for 15 minutes on each side, but had to move the oven rack down after the first 15 minutes. The meat wasn&#039;t tasty. It was a bit too tough on the outside and tasted boiled on the inside. The spices that I added to the water did come through, so maybe I just need to brine the wings instead of boiling them.
Okay I loved this recipe. The only change I made was using olive oil instead of margarine and broiled the wings with the sauce on. I like a dry sauce. I hate it when it's drippy. So I followed the instructions all they way until that point. I just mixed them up with the sauce after boiling and the put them on a cookie sheet to broil and they came out perfct even a little crispy..not burnt but just right. I am making these for super bowl this weekend.
A slight adjustment: After boiling them as directed I first tossed them into the sauce and let them marinate for a few hours before broiling them. Then just before serving, I tossed them again in the sauce. Yummy!
These were the best wings I have ever had! I bought some from the meat counter at the store that were already in sriracha sauce, so I put them in the water with no other seasoning. Set my broiler on &quot;low&quot; and broiled 10 minutes per side. I used Pickapepper mango habanero sauce for dipping and these were just so delicious. I will never eat wings out anymore. The skin was so crispy and you could pull the bones right out. I like that the parboiling removes some of the fat, too. FANTASTIC
I have been told that these were the best wings ever! I doubled this recipe- but left the hot sauce/butter mixture the same. It coated the wings just fine without being too spicy. (Make sure to keep a lit on the pot while boiling or the red pepper can make you sneeze/irritate your eyes.) Broiling them makes the outside nice and crispy. These are not greasy or slimy, they are perfectly crispy and flavorful. Will be making these again! Definitely a must-try wing recipe for any party or anytime!
Great recipe just a tad too salty, I will adjust next time. These wings were very crispy, yet the meat was very tender, good bye fryer!
Yummo these were a great addition to our superbowl party!
what do you guys mean to 'bake' at 'broil' temperature?..........whats the temperature used?
Super tender! I like how they are crispy, too. I used Sweet Chili Sauce (Chinese market) instead of hot sauce. Wow! Thanks for the recipe!
Wonderful! I have tried countless wing recipes over the years but now I know the secret... using this recipe, you get that crispy restaurant texture without the added grease from frying. I split the pound of wings into two pans, and did one batch with super-fire-hot sauce for my DH, the other pan with Red Hot sauce for myself. (I might try a batch next time with sweet BBQ sauce for the kids, but this time they were happy with chicken nuggets- LOL!) We both loved these, so my search for the best wings recipe is over. Thanks for sharing! :)
My husband made these for himself recently (I'm not a fan of buffalo wings). He really really liked the recipe a lot, and wished he'd made more since our 3 year old belled up to the table and scarfed down half of them. I know he'll be making these again; thanks for sharing a stellar recipe.
Nice work, WhoDat!
Great tasting wings without the frying! In the winter, I'll broil, in the summer, the grill would be my choice. I'll be doing these a lot in the future.
These were really great! Easy to make and tasted as good as fried. Good and spicy, too!
These are very similar to the recipe I've been using for years, only difference is they are boiled first. After reading the reviews, I should note that the boiling cooks out a lot of the fat, so they don't sit in the grease during broiling (which can make them soggy). I also broil mine on a lower oven rack so they are not so close to the heat, so they crisp but don't burn. Not quite as tasty as fried but definitely the best baked recipe I've seen. Thanks WhoDat!
These are so juicy, crispy and delicious! I made them once and my husband was going crazy over them. A couple months later, I was really craving wings so, I went to a restaurant to get some. It wasn't til after I was eating that I realized I wasn't just caving wings, I was craving THESE wings! Thank you so much for the recipe!
Seriously amazing.
This is the best hot wings recipe I have ever tried. They came out better than any I&#039;ve ordered in a restaurant too. Since oven frying is healthier than pan-fried, I decided to try this same recipe on other chicken parts. I mostly use thighs and then bake them in the oven to crisp and brown the skin. I allow them to cook in water for 20 minutes, turn off the fire and let the chicken cool down a bit before removing them from the water to drain before placing them in the oven. My husband wants his chicken done this way all the time and I love it so much I&#039;m happy to oblige!
Seriously....these were simply PERFECT!!!!!!
I doubt many of the reviewers actually did the recipe. i followed it to the letter, and would have wound up with burnt cinders if i followed through. I think the problem is semantics: there is a difference between "broil" and "bake". I broiled about 4 inches from the top burner. They started to burn after 5 minutes,the recipe calls for 15/20 minutes! perhaps "baking' at 425/450 would be more appropriate.
Wonderful, I made this recipe with chicken legs instead of chicken wings. I used a little more sauce, and butter instead of margarine; but these came out fantastic!
These were a great alternative to restaurant wings. Because DS doesn't like things too spicy, I omitted the cayenne and red pepper flakes. Broiled on high for 15 minutes on the first side, and ten minutes on the second. Tossed in the sauce, and broiled for an additional 5 minutes. (For DS, I mixed the hot sauce with some BBQ sauce - he said it was kind of sweet, and kind of spicy, but good.) Next time, I'll do 3 pounds instead of 2. Served with Recipe#193370 and steamed veggies as dinner. Thanks for posting!
Did exactly as recipe said except that I cooked them on an oven rack. I then dredged them in my homemade ranch hotsauce. My husband said they were the best wings he's ever had and he eats a lot of wings! Thank you for sharing. Outstanding!!!
I was out if cayenne, so I skipped it. The only thing bad about this recipe is that 1 lb of chicken wasnt nearly enough for 2 people. It was so delicious and we sorry we didnt make ALOT more. Even my husband loved them, and he normally just suffers through my cooking. Lol.
I was searching high and low for a recipe for wings that's delicious without frying. This was it! The boiling creates that "fall off the bone texture" but the broiling assures that they're nice and toasty. I experimented with a couple different coatings: added some spices (italian seasoning, rosemary, chili powder, cayenne pepper, garlic powder) to the hot sauce, also added brown sugar and butter to a different batch of hot sauce, and for those people who hated spicy- we just baked some of the wings up in the oven with some barbecue sauce. Thanks for the recipe.
Delicious! I make a very similar tasting recipe to this, but mine uses a lot more butter. That's why I'm putting this recipe into my best of the best file - it tastes like our favorite wing recipe but it uses much less butter! That's a winner in my book.
When you say unbelievable WhoDat you are right on.......these are definitely as good as its gonna get for a baked wing! I've made this recipe twice now and they turned out much crispier when I broiled them on a rack about half way down in the oven.....BINGO!!! Perfectly moist, flavorful and crispy all at the same time and NO FRYING!! If you love wings make these!
Not that this recipe needs more accolades, but I'm here to give it some...I couldn't believe the crunch imparted by the boiling....I DO NOT like frying wings, so I always have to talk DH into the ones from the oven. He wants the fried ones, nonetheless, and now I can give him some that have the same crispy taste as 'fried', with none of the hassle. I may follow some other reviewer's next time, by dunking in sauce and returning to the oven, but the were great, as written. Served w/blue cheese dressing, I'm putting these in my Best of 2011 cookbook.
Neither dh nor I believed that these would be as good as restaurant wings when we first set out making this recipe..... BOY OH BOY were we wrong!! Now let me tell you, dh is a wing connoisseur, and not easy to please when it comes to his wings. We prepared the recipe exactly as it is written and wow! That's really all we can say. They were crispy (we baked them about 15 mins on one side, flipped em, 15 mins on that side, flipped em back and did about 3 more minutes), tasty, and just down right delicious! The first time we made them we used the sauce recipe and it was excellent. The second time we did them we used a prepared sauce just to see. Both ways were great! The hotness of the wings really depends on how you prepare the sauce, the wings alone aren't too spicy. This recipe has become a fast favorite and one we will make a lot!! Thanks!
This recipe is excellent for a lower fat alternative. Only change was did not "broil" as long as stated. My oven my be hotter. But the 'hotter' wings were to die for and exceptionally easy. Thanks for a winner.
These wings are THE BEST! Loved, loved, loved them. We have found our wing recipe. Thanks so much for posting this great recipe!
I did not add all the cayenne and red pepper flakes to the water when boiling and should have cut down on the salt also. However, this is a fabulous method and produced wings that tasted char broiled. So so good! I mixed 4 tablespoons melted butter with 1 teaspoon of cider vinegar and 1/3 cup of hot sauce and brushed it on before broiling.(Perfect amount of sauce for 14 individual sections of wings.) Less than 10 minutes per side and they were perfect! My quest for a great wing recipe is over. Thanks so much for sharing.
These wings were amazing! We ate them so fast I had to make another batch. They were perfectly crispy and I think they were better than the fried ones!
I had never made wings using this method. Boiling the wings first really helps them crisp up, I think. It was nice not to have my wings swimming in a pool of chicken fat as they cooked. There was very little fat on the pan at all, actually, and the wings crisped up very nicely!
Very impressed, first time making buffalo wings that aren't fried... My husband is a buffalo wing feen and had a face on when he saw i was boiling chicken... Now he said i created a monster and wants them all the time... if you like it hot would say to add some more peppers to it besides that LOVE IT!!!
Awesome recipe. These wings were nice and juice, meat popping off the bone. I did not use the sauce though. I used a sauce I found at http://www.yummly.com/recipe/Buffalo-Wild-Wings-Spicy-Garlic-Sauce-Recipezaar. These two were an excellent combination. They had some bite to them but not so spicy that you could barely eat them. This has now officially been added to the family cookbook.
With a chef name WhoDat why did I wait so long to try this recipe?! I should be slapped. This will be my go to recipe for wings. I found broiling on high at 15 minutes made my wings start to burn, so switched to low broil half way through. Otherwise followed the recipe. I did throw in some bleu cheese dressing, celery and carrot sticks, but otherwise left this recipe alone!! Perfection! My 2nd quarter wing recipe for Super Bowl 2012. Thanks for sharing!
Really good and very easy! I increased the recipe, used the individually frozen wings from Costco (unthawed), enough to fill my stock pot, then placed on a foil-lined sheet pan sprayed with oil, and broiled at 425 in the middle of the oven for 15 minutes on each side. Then just tossed in a bowl with Franks Buffalo Wings sauce. They were perfectly cooked. Next time I would make two sheet pans worth, these were gone in no time. Definitely better and better for you than purchased wings. I&#039;ll try BBQ and other wing sauces, too. Thanks for sharing the recipe!
Yummy to the 10th power!!!<br/>this was my first attempt at buffalo wings. I made them for superbowl and let me say it was the first tray to disappear!! I used a 4lb bag of frozen party wings and just doubled the sauce recipe. I dipped the roasted (not broiled) wings in the sauce and re-baked them @ 450*. I will definately make them again!! :} michele
I always crave wing stop wings & have never been able to make any that would satisfy my cravings. These did. Very tasty!
Tbh i love this dish i would marry it if i got the chance thank you for the lovly pics
i have to agree w/ everybody. this was a great, healthier way to make delicious, crispy wings. i didn't find it too spicy at all. so great for kids too. will make many times. thanks for sharing!
These were delicious. I made them for our football party and everyone loved them. I thought boiling them was a bit different, but it turned out perfect. Thankyou so much for sharing your recipe with us.
The best wings I ever made the only thing I did different was after coating with the sauce I put them back in the oven for five more minutes so the sauce could dry on the wings
Fantastic! Broiled the wings while on a rack (foiled lined pan under to catch the drippings) and then tossed half in Louisiana Buffalo Sauce and the other half in Kens Terriaki sauce. SO GOOD!
I am rating this based on the method of boiling and broiling only. The directions do not indicate whether the broiler should be set to "high" or "low" so I chose high and broiled for about 5 minutes per side. This worked out very well and the wings were crisp. I drained the grease off part way through cooking as I had to turn the wings over anyways. We do not like spicy foods so I just boiled in salted water and then followed with recipe #397659 which is a mild wing sauce. Excellent wings!
These wings were GREAT! I made them last night for the super bowl celebration and they were wonderful. I actually baked them for 20 minutes on each side at 475, they came out crispy and wonderful. Also, I used Frank's hot sauce instead of Louisiana. Great recipe, and wonderful to safe on money and fat!
These are fantastic. There isn't much clean up, no extra fat, and pretty quick. Thanks WhoDat.
